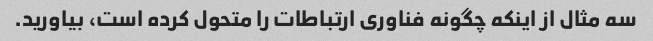
سه مثال از اینکه چگونه فناوری ارتباطات را متحول کرده است، بیاورید.